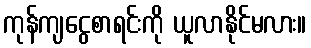
ကုန်ကျငွေစာရင်းကို ယူလာနိုင်မလား။